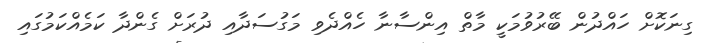
ގިނަކޮށް ހައްދުން ބޭރުވުމަކީ މާތް އިންސާނާ ހެއްދެވި މަގުސަދާއި ދުރަށް ގެންދާ ކަމެއްކަމުގައި